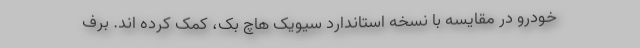
خودرو در مقایسه با نسخه استاندارد سیویک هاچ بک، کمک کرده اند. برف